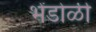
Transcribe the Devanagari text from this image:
भेंडोळी